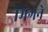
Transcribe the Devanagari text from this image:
भिगने